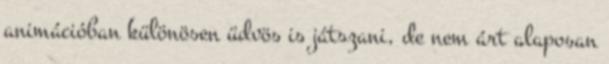
animációban különösen üdvös is játszani, de nem árt alaposan